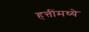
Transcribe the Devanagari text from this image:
हत्तींमध्ये